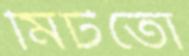
মিটতো